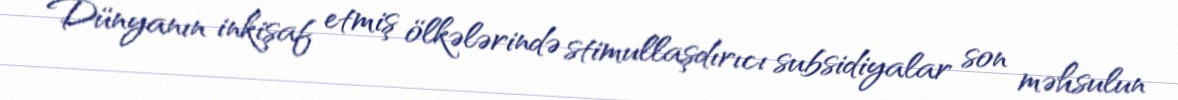
Dünyanın inkişaf etmiş ölkələrində stimullaşdırıcı subsidiyalar son məhsulun